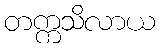
တက္ကသိလာယ